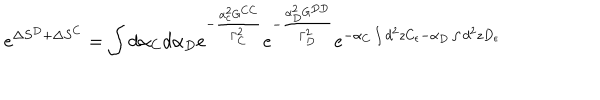
e ^ { \Delta S ^ { D } + \Delta S ^ { C } } = \int d \alpha _ { C } d \alpha _ { D } e ^ { - \frac { \alpha _ { c } ^ { 2 } G ^ { C C } } { \Gamma _ { C } ^ { 2 } } } e ^ { - \frac { \alpha _ { D } ^ { 2 } G ^ { D D } } { \Gamma _ { D } ^ { 2 } } } e ^ { - \alpha _ { C } \int d ^ { 2 } z C _ { \epsilon } - \alpha _ { D } \int d ^ { 2 } z D _ { \epsilon } }